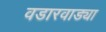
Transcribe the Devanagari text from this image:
वडारवाड्या